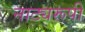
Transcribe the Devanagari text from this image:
नाट्यरूपी